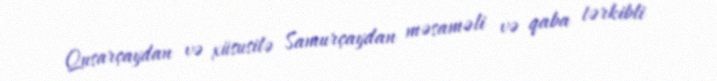
Qusarçaydan və xüsusilə Samurçaydan məsaməli və qaba tərkibli